Insane asylums in Bengal annual reports 1867-1875 - 1867-1875
Year: 1867
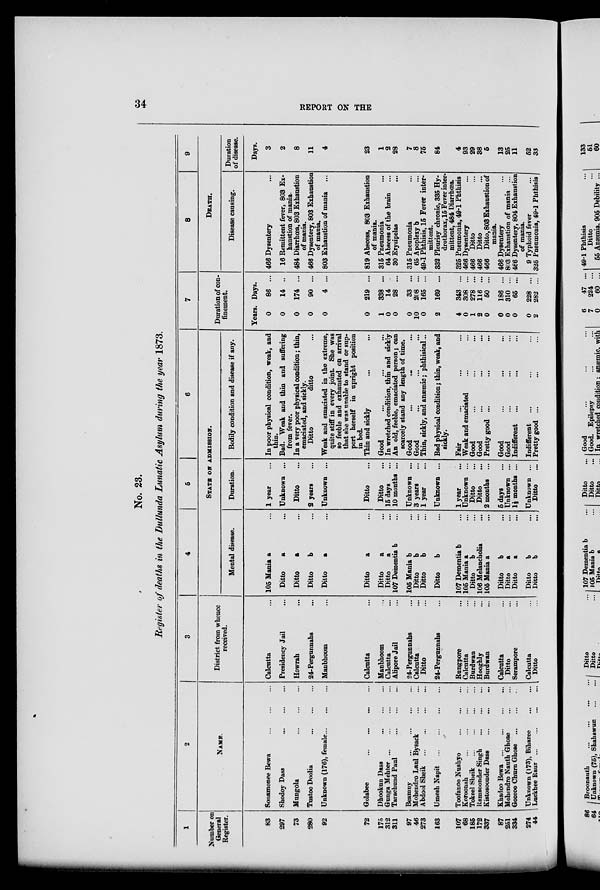
34
REPORT ON THE
No. 23.
Register of deaths in the Dullunda Lunatic Asylum during the year 1873.
1
Number on
General
Register.
83
297
73
280
92
72
175
312
311
97
46
273
163
107
68
185
172
337
87
251
334
274
44
2
NAME.
Sonamonee Bewa
...
...
...
Shodoy Dass
...
...
...
Mungola ... ... ...
Tustoo Doolia
...
...
...
Unknown (176), female
...
...
...
Golabee
...
...
...
...
Dhookun Dass ... ... ...
Gunga Mehter
...
...
...
...
Tarachund Paul
...
...
...
...
Beamny
...
...
...
...
Mohendro Laul Bysack ... ...
Abdool Sheik
...
...
...
...
Umesh Napit
...
...
...
...
Toofanoo Nushyo ... ... ...
Koroonah
...
...
...
...
Tokeel Sheik
...
...
...
...
Ramsoonder Singh ... ... ...
Kistosoonder Dass ... ... ...
Khadoo Bewa ... ... ... ...
Mohendro Nauth Ghose ... ...
Gooroo Churn Ghose ... ... ...
Unknown (173), Biharee ... ...
Luckhee Raur
...
...
...
...
3
District from whence
received.
Calcutta ...
Presidency Jail ...
Howrah ...
24-Pergunnahs ...
Manbhoom ...
Calcutta ...
Manbhoom ...
Calcutta
...
Alipore Jail ...
24-Pergunnahs ...
Calcutta ...
Ditto ...
24-Pergunnahs ...
Rungpore ...
Calcutta ...
Burdwan ...
Hooghly ...
Burdwan ...
Calcutta ...
Ditto ...
Serampore ...
Calcutta ...
Ditto ...
4
Mental disease.
105 Mania a
Ditto
a ...
Ditto
a ...
Ditto
b ...
Ditto
a ...
Ditto
a ...
Ditto
a ...
Ditto
a ...
107 Dementia b ...
105 Mania b ...
Ditto
b ...
Ditto
b ...
Ditto
b ...
107 Dementia b ...
105 Mania a ...
Ditto
b ...
106 Melancholia ...
105 Mania a ...
Ditto
b ...
Ditto
a ...
Ditto
a ...
Ditto
b ...
Ditto
b ...
5
6
STATE ON ADMISSION.
Duration.
1 year ...
Unknown ...
Ditto ...
2 years ...
Unknown ...
Ditto ...
Ditto ...
15 days ...
10 months ...
Unknown ...
3 years ...
1 year ...
Unknown ...
1 year ...
Unknown ...
Ditto ...
Ditto ...
2 months ...
5 days ...
Unknown ...
1½ months ...
Unknown ...
Ditto ...
Bodily condition and disease if any.
In poor physical condition, weak, and
thin.
Bad. Weak and thin and suffering
from fever.
In a very poor physical condition ; thin,
emaciated, and sickly.
Ditto
ditto ...
Weak and emaciated in the extreme,
quite stiff in every joint. She was
so feeble and exhausted on arrival
that she was unable to stand or sup-
port herself in upright position
in bed.
Thin and sickly ... ...
Good ... ... ...
In wretched condition, thin and sickly
An old, feeble, emaciated person ; can
scarcely stand any length of time.
Good ... ... ...
Good
...
...
...
Thin, sickly, and anæmic ; phthisical ...
Bad physical condition ; thin, weak, and
sickly.
Fair ... ... ...
Weak and emaciated ... ...
Good ... ... ...
Good ... ... ...
Pretty good ... ... ...
Good ... ... ...
Good ... ... ...
Indifferent ... ... ...
Indifferent ... ... ...
Pretty good ... ...
...
7
Duration of con-
finement.
Years.
0
0
0
0
0
0
1
0
0
0
10
0
2
4
0
1
2
0
0
0
0
0
2
Days.
86 ...
14 ...
174 ...
90 ...
4 ...
219 ...
338 ...
14 ...
28 ...
33 ...
208 ...
165 ...
169 ...
343 ...
308 ...
278 ...
116 ...
50 ...
186 ...
310 ...
65 ...
228 ...
282 ...
8
9
DEATH.
Disease causing.
466 Dysentery ...
16 Remittent fever, 803 Ex-
haustion of mania.
484 Diarrhœa, 803 Exhaustion
of mania.
466 Dysentery, 803 Exhaustion
of mania.
803 Exhaustion of mania ...
819 Abscess, 803 Exhaustion
of mania.
315 Pneumonia ...
64 Abscess of the brain ...
30 Erysipelas ...
315 Pneumonia ...
65 Apoplexy b ...
49-1 Phthisis, 15 Fever inter-
mittent.
332 Pleurisy chronic, 335 Hy-
drothorax, 15 Fever inter-
mittent, 484 Diarrhœa.
325 Pneumonia, 49-1 Phthisis
466 Dysentery ...
466 Ditto ...
466 Ditto ...
466 Ditto, 803 Exhaustion of
mania.
466 Dysentery ...
803 Exhaustion of mania ...
466 Dysentery, 804 Exhaustion
of mania.
9 Typhoid fever ...
325 Pneumonia, 49-1 Phthisis
Duration
of disease.
Days.
3
2
8
11
4
23
1
2
28
7
8
75
84
4
93
29
38
5
13
25
11
562
33